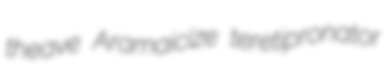
theave Aramaicize teretipronator